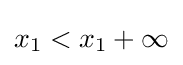
x_{1}<x_{1}+\infty